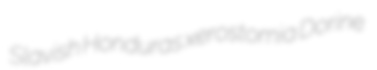
Slavish Honduras xerostomia Dorine